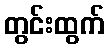
တွင်းထွက်